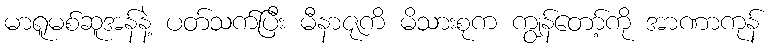
မာရူမစ်ဆူအန်နဲ့ ပတ်သက်ပြီး မီနာဇုကိ မိသားစုက ကျွန်တော့်ကို အာဏာကုန်